Annual report of the Punjab Veterinary College and of the Civil Veterinary Department, Punjab - 1909-1919
Year: 1909
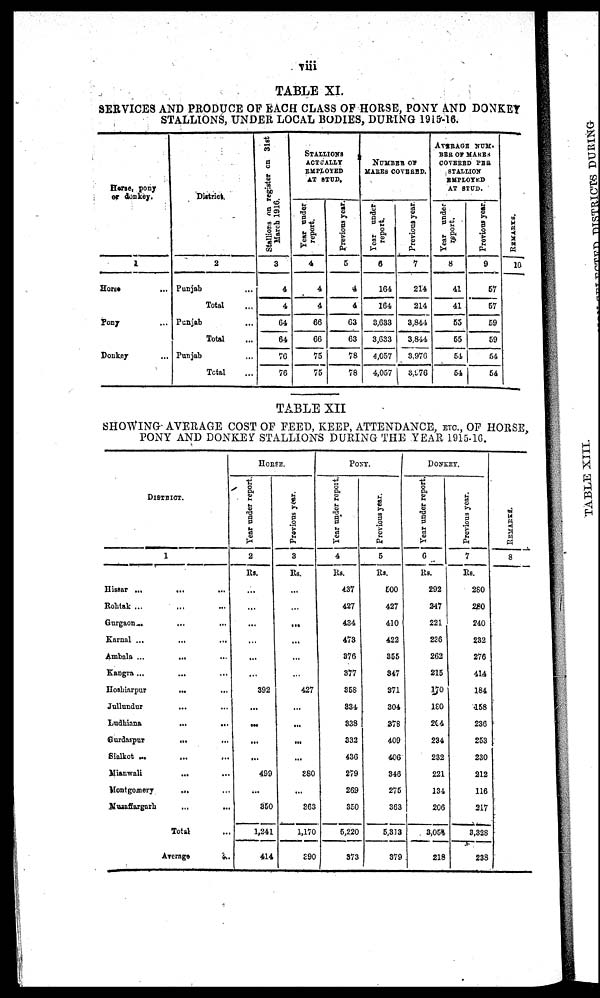
viii
TABLE XI.
SERVICES AND PRODUCE OF EACH CLASS OF HORSE, PONY AND DONKEY
STALLIONS, UNDER LOCAL BODIES, DURING 1915-16.
Horse, pony
of donkey.
1
Horse ....
Pony ...
Donkey ...
Dirtrict.
2
Punjab ...
Total ...
Punjab ...
Total ...
Punjab ...
Total ...
Stallions on register on 31st
March 1916.
3
4
4
64
64
76
76
STALLION
ACTUALLY
EMPLOYED
AT STUD.
Year under
report.
4
4
4
66
66
75
75
Previous year.
5
4
4
63
63
78
78
NUMBER OF
MARES COVERED.
Year under
report.
6
164
164
3,633
3,633
4,057
4,057
Previous year.
7
214
214
3,844
3,844
3,976
3,976
AVERAGE NUM-
BER OF MAKES
COVERED PER
STALLION
EMPLOYED
AT STUD.
Year under
report.
8
41
41
55
55
54
54
Provious year.
9
57
57
59
59
54
54
RE MARKS .
10
TABLE XII
SHOWING-AVERAGE COST OF FEED, KEEP, ATTENDANCE, ETC., OF HORSE,
PONY AND DONKEY STALLIONS DURING THE YEAR 1915-16.
DISTRICT.
1
Hissar ...
...
Rohtak ...
Gurgaon ... ...
Karnal ... ...
Ambala ...
...
Kangra ...
...
Hoshiarpur
...
Jullundur
Ludhiana ... ...
Gurdaspur
...
Sialkot ...
...
...
Mianwali
...
Montgomery
...
Muzaffargarh ... ...
Total
Average
...
HORSE.
Year under report.
2
Rs.
...
...
...
...
...
...
392
...
...
...
...
499
...
350
1,241
414
Previous year.
3
Rs.
...
...
....
...
...
...
427
...
...
...
...
380
...
363
1,170
390
POXY.
Year under report.
4
Rs.
437
427
434
473
376
377
358
334
338
332
436
279
269
350
5,220
373
Previous year.
5
Rs.
500
427
410
422
355
347
371
304
378
409
406
346
275
363
5,313
379
DONKEY.
Year under report.
6
Rs.
292
247
221
226
262
215
170
180
264
234
232
221
134
206
3,054
218
Previous year.
7
RS.
280
280
240
232
276
414
184
458
236
253
230
212
116
217
3,328
238
REMARKS .
8